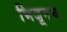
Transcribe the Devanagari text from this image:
भिजूनच